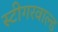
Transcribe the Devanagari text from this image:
स्टीगरवाल्ड